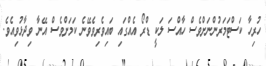
ހުރިހާ ކަސްޓަމަރުންނަށްވެސް ހާއްސަ ލަކީ ޑްރޯ އެއްގައި ބައިވެރިވެވޭނެ ކަމަށްވެސް އޭނާ ވިދާޅުވިއެވެ.